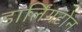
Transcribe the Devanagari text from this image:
डार्लिंगटोन